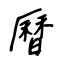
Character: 曆